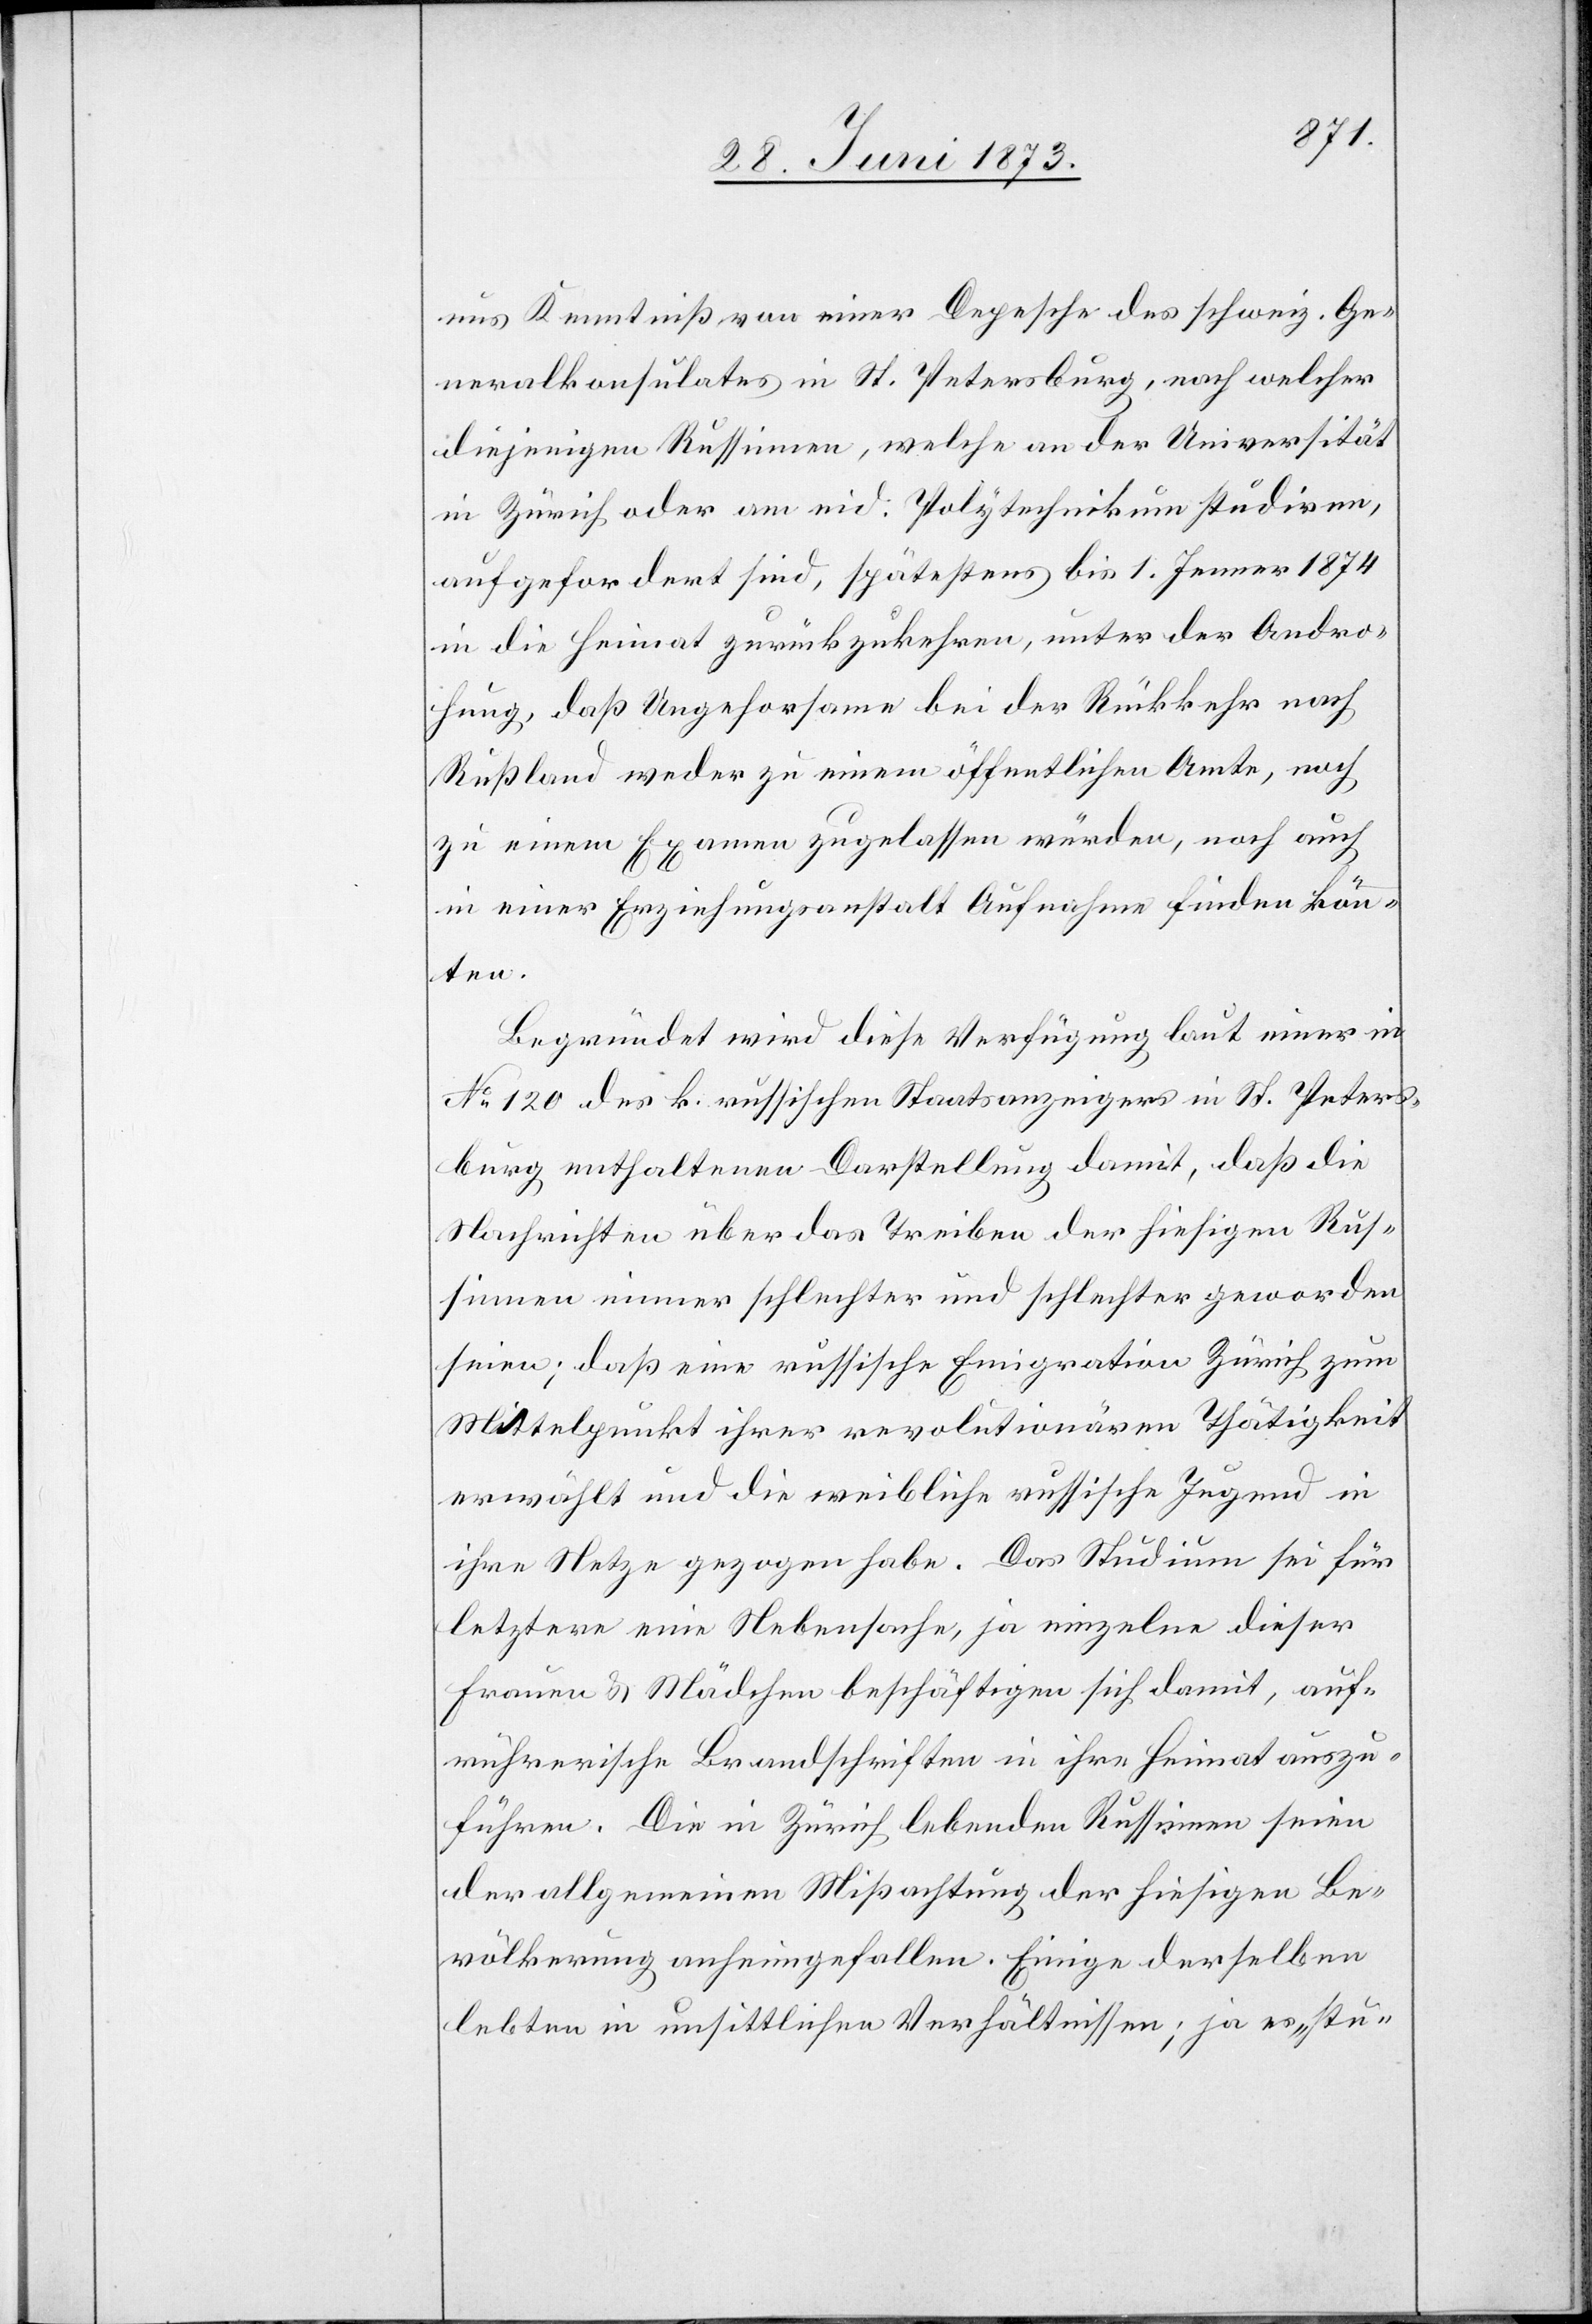
uns Kenntniß von einer Depesche des schweiz. Ge¬
neralkonsulates in St. Petersburg, nach welcher
diejenigen Russinnen, welche an der Universität
in Zürich oder am eid. Polytechnikum studiren,
aufgefordert sind, spätestens bis 1. Jenner 1874
in die Heimat zurückzukehren, unter der Andro¬
hung, daß Ungehorsame bei der Rückkehr nach
Rußland weder zu einem öffentlichen Amte, noch
zu einem Examen zugelassen würden, noch auch
in einer Erziehungsanstalt Aufnahme finden könn¬
ten.
Begründet wird diese Verfügung laut einer in
No 120 des k. russischen Staatsanzeigers in St. Peters¬
burg enthaltenen Darstellung damit, daß die
Nachrichten über das Treiben der hiesigen Rus¬
sinnen immer schlechter und schlechter geworden
seien; daß eine russische Emigration Zürich zum
Mittelpunkt ihrer revolutionären Thätigkeit
erwählt und die weibliche russische Jugend in
ihre Netze gezogen habe. Das Studium sei für
letztere eine Nebensache, ja einzelne dieser
Frauen & Mädchen beschäftigen sich damit, auf¬
rührerische Brandschriften in ihre Heimat auszu¬
führen. Die in Zürich lebenden Russinnen seien
der allgemeinen Mißachtung der hiesigen Be¬
völkerung anheimgefallen. Einige derselben
lebten in unsittlichen Verhältnissen; ja es „stu-